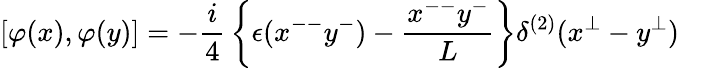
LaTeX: \left[\varphi(x),\varphi(y)\right]=-{\frac{i}{4}}\left\{ \epsilon(x^{--}y^{-})-{\frac{x^{--}y^{-}}{L}}\right\} \delta^{(2)}(x^{\bot}-y^{\bot})\quad